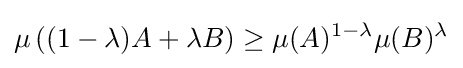
\mu \left((1-\lambda )A+\lambda B\right)\geq \mu (A)^{1-\lambda }\mu (B)^{\lambda }